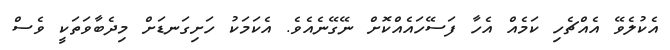
އެކުލެވޭ އެއްޗެހި ކަމެއް އެހާ ފަސޭހައެއްކޮށް ނޭގޭނެއެވެ. އެކަމަކު ހަށިގަނޑަށް މިދެބާވަތަކީ ވެސް